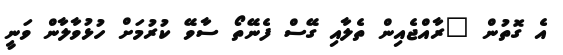
އެ ގޮތުން "ރާއްޖެއިން ތެލާއި ގޭސް ފެނޭތޯ ސާވޭ ކުރުމަށް ހުޅުވާލާން ވަނީ